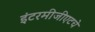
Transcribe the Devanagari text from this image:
इंटरमीजीएटचे